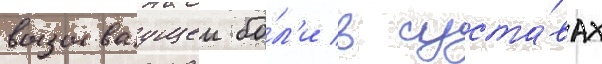
вызываущеи бо́л'и в суста́вах